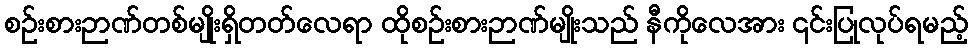
စဉ်းစားဉာဏ်တစ်မျိုးရှိတတ်လေရာ ထိုစဉ်းစားဉာဏ်မျိုးသည် နီကိုလေအား ၎င်းပြုလုပ်ရမည့်